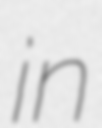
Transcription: in